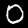
Label: 0